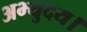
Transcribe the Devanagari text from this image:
अभ्युदय।